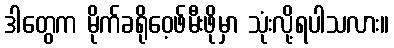
ဒါတွေက မိုက်ခရိုဝေ့ဖ်မီးဖိုမှာ သုံးလို့ရပါသလား။